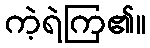
ကဲ့ရဲကြ၏။